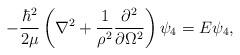
LaTeX: \begin{align*}-\frac{\hbar^2}{2\mu}\left(\nabla^2+\frac{1}{\rho^2}\frac{\partial^2}{\partial \Omega^2}\right)\psi_4 = E\psi_4,\end{align*}